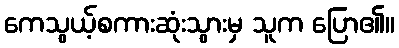
ကေသွယ့်စကားဆုံးသွားမှ သူက ပြော၏။